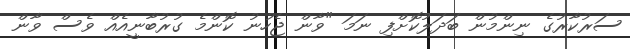
ސަރުކާރުގެ ނިންމުން ބަދަލުކޮށްފި ނަމަ "ވާން ޖެހުނު ކޮންމެ ގުރުބާނީއެއް ވެސް ވާން